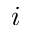
i